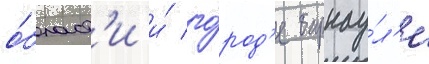
о́бласт'и и́ го́род'е барнау́л'е